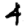
Digit: 4